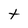
Character: t